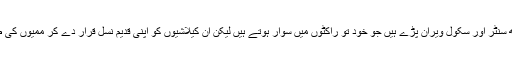
سپین اور یونان والوں کے ہیلتھ سنٹر اور سکول ویران پڑے ہیں جو خود تو راکٹوں میں سوار ہوتے ہیں لیکن ان کیلاشیوں کو اپنی قدیم نسل قرار دے کر ممیوں کی طرح پریزرو کرنا چاہتے ہیں۔